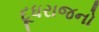
દૂધરાજનો